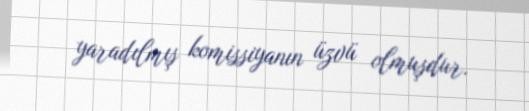
yaradılmış komissiyanın üzvü olmuşdur.